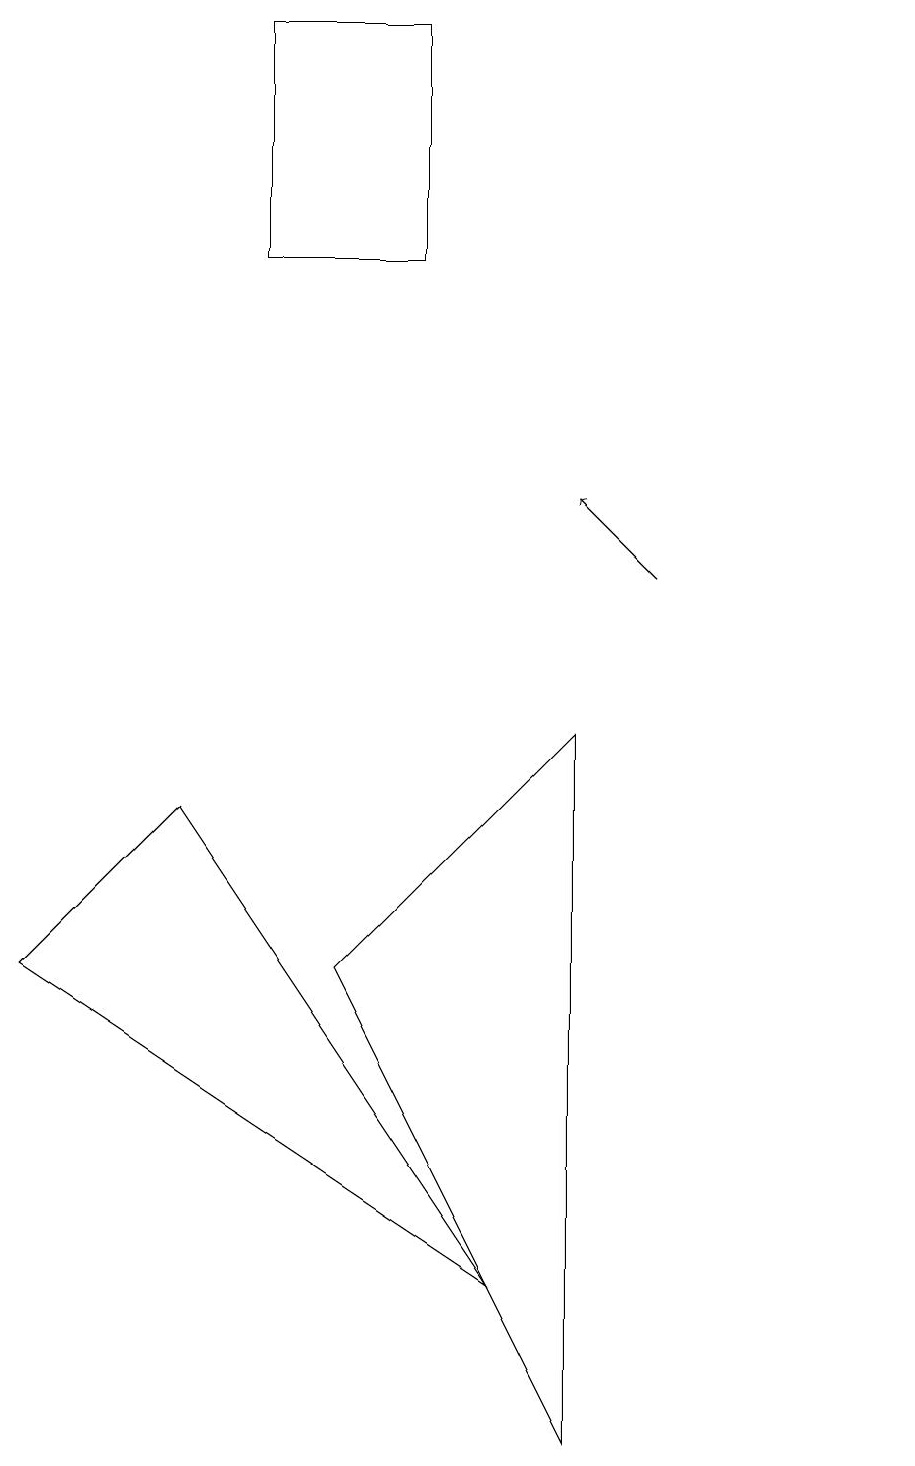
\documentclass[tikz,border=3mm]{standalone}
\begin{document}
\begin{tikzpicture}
\draw (3,8) -- (1,6) -- (7,2) -- cycle;
\draw (6,15) rectangle (4,18);
\draw (11,10) circle (0);
\draw[->] (9,11) -- (8,12);
\draw (5,6) -- (8,0) -- (8,9) -- cycle;
\draw (12,11) circle (0);
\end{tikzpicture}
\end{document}